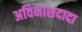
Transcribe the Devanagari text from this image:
अविनाशदादा